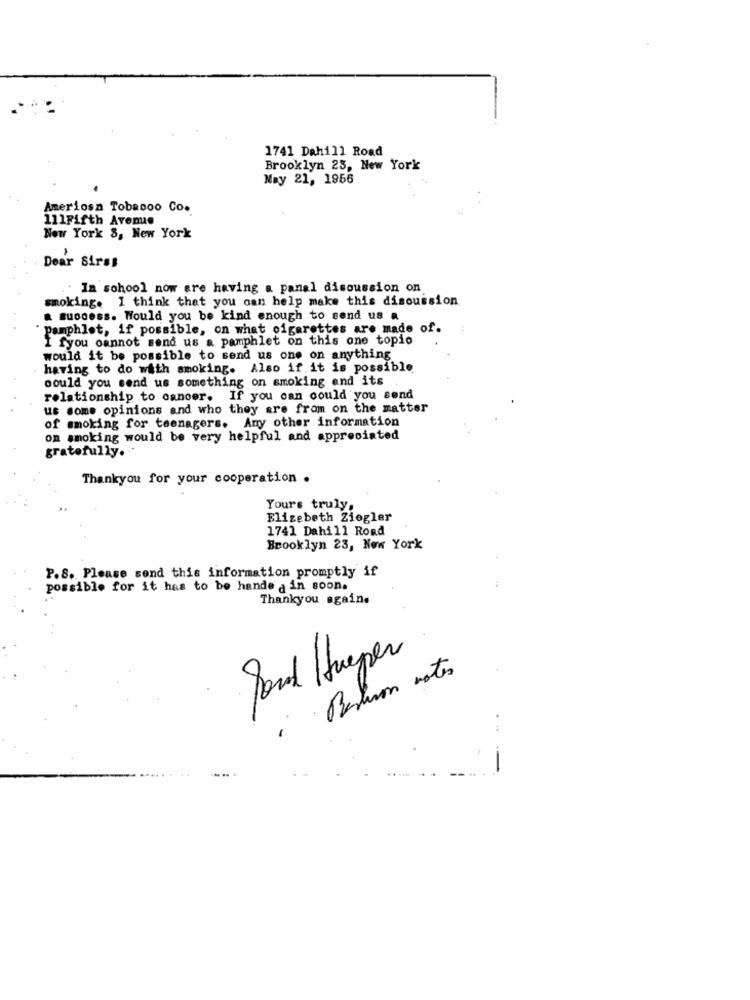
1741 Dahill Road
Brooklyn 23, New York
May 21, 1966
Ameriosn Tobacoo Co.
111Fifth Avenue
New York 8, New York
Dear Sirss
. Im sohool now are having a panel discussion on
smoking. I think that you can help make this discussion
. Buocess. Would you be kind enough to send us a
Pamphlet, if possible, on what cigarettes are made of.
I fyou cannot send us a pamphlet on this one topio
would it be possible to send us one on anything
having to do with smoking. Also if it is possible
could you send us something on smoking and its
relationship to oanoer. If you can could you send
us some opinions and who they are from on the matter
of smoking for teenagers. Any other information
on smoking would be very helpful and appreciated
gratefully.
Thankyou for your cooperation .
Yours truly,
Elizabeth Ziegler
1741 Dahill Road
Brooklyn 23, New York
P.S. Please send this information promptly if
possible for it has to be hande a in soon.
Thankyou again.
Jord Hueper
·Bestron notes
-